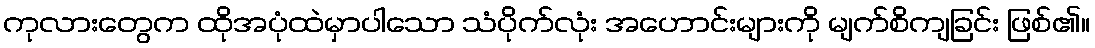
ကုလားတွေက ထိုအပုံထဲမှာပါသော သံပိုက်လုံး အဟောင်းများကို မျက်စိကျခြင်း ဖြစ်၏။